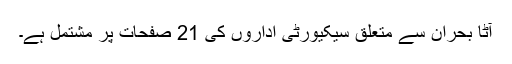
آٹا بحران سے متعلق سیکیورٹی اداروں کی 21 صفحات پر مشتمل ہے۔